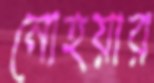
নোহয়ার